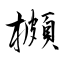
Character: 櫇